Vaccination in Bombay 1889-1901 - 1889-1901
Year: 1889
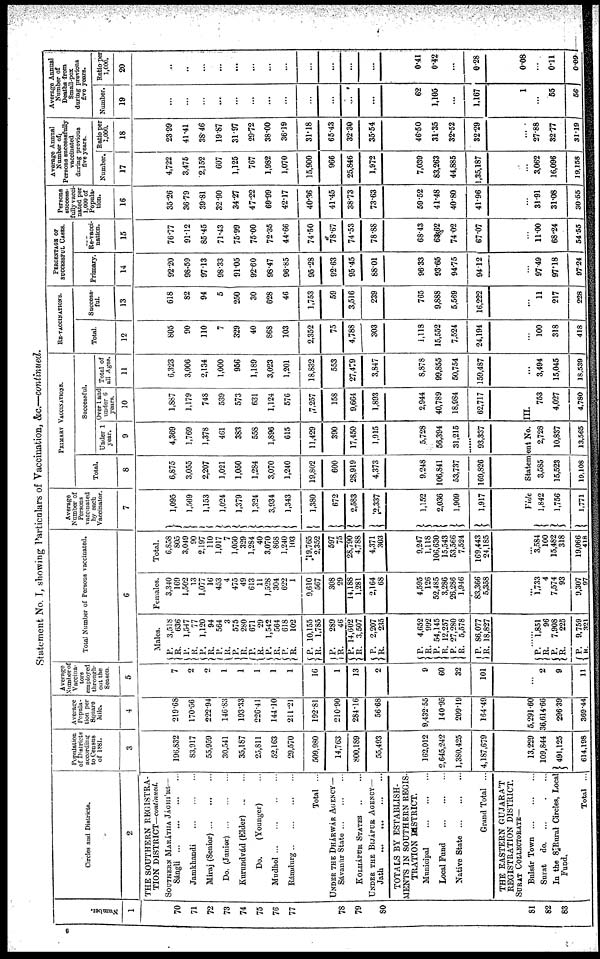
Statement No. I, showing Particulars of Vaccination, &c.—continued.
Number.
1
70
71
72
73
74
75
76
77
78
79
80
81
82
83
Circles and Districts.
2
THE SOUTHERN REGISTRA-
TION DISTRICT—continued.
SOUTHERN MARÁTHA JÁGHÍRS—
Sángli
...
...
...
...
Jamkhandi
...
...
...
Miraj (Senior)
...
...
...
Do. (Junior)
...
...
...
Kurundvád (Elder)
... ...
Do.
(Younger) ...
Mudhol
...
...
...
...
Rámdurg
...
...
...
...
Total ...
UNDER THE DHÁRWÁR AGENCY—
Sávanur State
...
...
...
KOLHÁPUR STATES
...
...
UNDER THE BIJÁPUR AGENCY—
Jath
...
...
...
...
TOTALS BY ESTABLISH-
MENTS IN SOUTHERN REGIS-
TRATION DISTRICT.
Municipal
...
...
...
Local Fund
...
...
...
Native State
...
...
...
Grand Total ...
THE EASTERN GUJARÁT
REGISTRATION DISTRICT.
SURAT COLLECTORATE—
Bulsár Town
...
...
...
Surat
do. ... ... ...
In the 8 Rural Circles, Local
Fund.
Total ...
Population
of districts
according
to Census
of 1881.
3
196,832
83,917
55,959
30,541
35,187
25,811
52,163
29,570
509,980
14,763
800,189
55,493
162,012
2,645,242
1,380,425
4,187,679
13,229
109,844
491,125
614,198
Average
Popula-
tion per
Square
Mile.
4
219.68
170.56
222.94
146.83
193.33
226.41
144.10
211.21
192.81
210.90
284.16
56.68
9,432.55
140.95
209.19
164.49
5,291.60
36,614.66
296.39
369.44
Average
Number of
Vaccina¬
tors
employed
through¬
out the
Season.
5
7
2
2
1
1
1
1
1
16
1
13
2
9
60
32
101
...
2
9
11
Total Number of Persons vaccinated.
6
Males.
P.
R.
P.
R.
P.
R.
P.
R.
P.
R.
P.
R.
P.
R.
P.
R.
P.
R.
P.
R.
P.
R.
P.
R.
P.
R.
P.
R.
P.
R.
P.
R.
3,518
636
1,547
77
1,120
94
564
3
575
280
671
29
1,542
564
618
102
10,155
1,785
289
46
14,602
3,507
2,207
235
4,652
992
54,145
12,257
27,280
5,578
86,077
18,827
......
P.
R.
P.
R.
P.
R.
1,851
96
7,908
225
9,759
321
Females.
3,340
169
1,502
13
1,077
16
453
4
475
49
613
11
1,528
304
622
1
9,610
567
308
29
14,188
1,281
2,164
68
4,595
126
52,485
3,286
26,286
1,946
83,366
5,358
...
1,733
4
7,574
93
9,307
97
Total.
6,858
805
3,049
90
2,197
110
1,017
7
1,050
329
1,284
40
3,070
868
1,240
103
19,765
2,352
597
75
28,790
4,788
4,371
303
9,247
1,118
106,630
15,543
53,566
7,524
169,443
24,185
...
3,584
100
15,482
318
19,066
418
Average
Number of
Persons
vaccinated
by each
Vaccinator.
7
1,095
1,569
1,153
1,024
1,379
1,324
3,934
1,343
1,380
672
2,583
2,337
1,152
2,036
1,909
1,917
PRIMARY VACCINATIONS.
Total.
8
6,875
3,055
2,207
1,021
1,050
1,284
3,070
1,240
19,802
600
28,919
4,373
9,248
106,841
53,737
169,826
Successful.
Under 1
year.
9
4,369
1,769
1,378
461
383
558
1,896
615
11,429
390
17,450
1,915
5,728
56,394
31,215
93,337
Over 1 and
under 6
years.
10
1,887
1,179
748
539
573
631
1,124
576
7,257
158
9,664
1,893
2,944
40,789
18,984
62,717
Vide
Statement No. III.
1,842
1,756
1,771
3,585
15,523
19,108
2,728
10,837
13,565
753
4,027
4,780
Total of
all Ages.
11
6,323
3,006
2,134
1,000
956
1,189
3,023
1,201
18,832
553
27,479
3,847
8,878
99,855
50,754
159,487
...
3,494
15,045
18,539
RE-VACCINATIONS.
Total.
12
805
90
110
7
329
40
868
103
2,352
75
4,788
303
1,118
15,552
7,524
24,194
...
100
318
418
Success¬
ful.
13
618
82
94
5
250
30
628
46
1,753
59
3,516
239
765
9,888
5,569
16,222
...
11
217
228
PERCENTAGE OF
SUCCESSFUL CASES.
Primary.
14
92.20
98.59
97.13
98.33
91.05
92.60
98.47
96.85
95.28
92.63
95.45
88.01
96.33
93.65
94.75
94.12
...
97.49
97.18
97.24
Re-vacci¬
nation.
15
76.77
91.12
85.45
71.43
75.99
75.00
72.35
44.66
74.50
78.67
74.53
78.88
68.43
63.62
74.02
67.07
...
11.00
68.24
54.55
Persons
success¬
fully vacci¬
nated per
1,000 of
Popula¬
tion.
16
35.26
36.79
39.81
32.90
34.27
47.22
69.99
42.17
40.36
41.45
38.73
73.63
59.52
41.48
40.80
41.96
...
31.91
31.08
30.55
Average Annual
Number of
Persons successfully
vaccinated
during previous
five years.
Number.
17
4,722
3,475
2,152
607
1,125
767
1,982
1,070
15,900
966
25,846
1,972
7,039
83,263
44,885
1,35,187
...
3,062
16,096
19,158
Ratio per
1,000.
18
23.99
41.41
38.46
19.87
31.97
29.72
38.00
36.19
31.18
65.43
32.30
35.54
46.50
31.35
32.52
32.29
...
27.88
32.77
31.19
Average Annual
Number of
Deaths from
Small-pox
during previous
five years.
Number.
19
...
...
...
...
...
...
...
...
...
...
...
...
62
1,105
...
1,167
1
...
55
56
Ratio per
1,000.
20
...
...
...
...
...
...
...
...
...
...
...
...
0.41
0.42
...
0.28
0.08
...
0.11
0.09
6